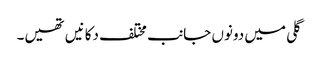
گلی میں دونوں جانب مختلف دکانیں تھیں۔